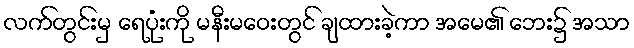
လက်တွင်းမှ ရေပုံးကို မနီးမဝေးတွင် ချထားခဲ့ကာ အမေ၏ ဘေး၌ အသာ